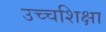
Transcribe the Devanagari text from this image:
उच्चशिक्षा